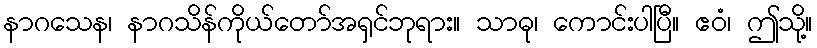
နာဂသေန၊ နာဂသိန်ကိုယ်တော်အရှင်ဘုရား။ သာဓု၊ ကောင်းပါပြီ။ ဧဝံ၊ ဤသို့။